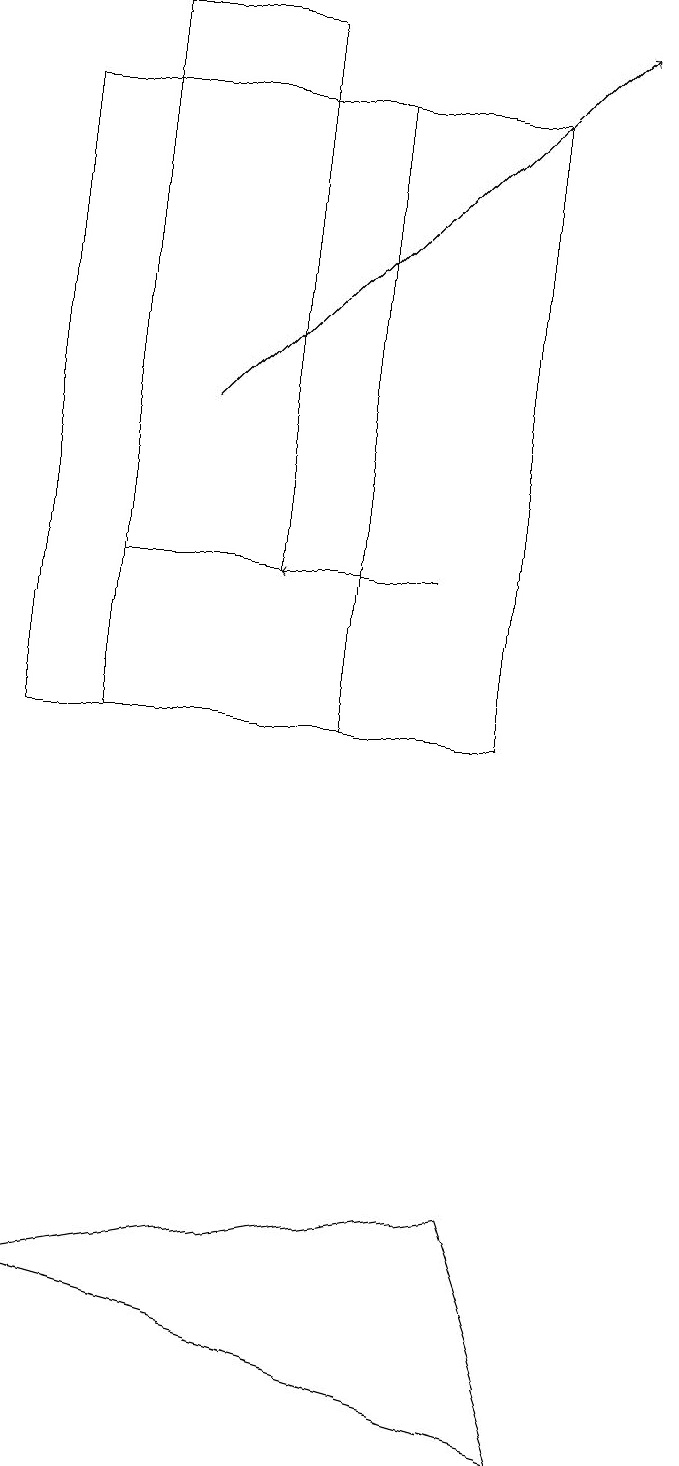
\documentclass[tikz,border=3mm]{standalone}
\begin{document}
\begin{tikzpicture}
\draw (5,19) rectangle (3,12);
\draw (6,18) rectangle (3,10);
\draw[->] (7,12) -- (5,12);
\draw (2,18) rectangle (8,10);
\draw[->] (4,14) -- (9,19);
\draw (2,3) -- (9,1) -- (8,4) -- cycle;
\draw (10,12) circle (0);
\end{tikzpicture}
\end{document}